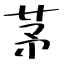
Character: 茅